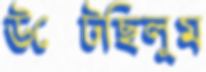
উল্‌টেছিলুম